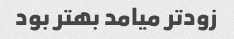
زود‌تر میامد بهتر بود